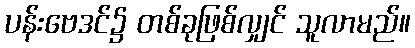
ပန်းဗေဒင်၌ တစ်ခုဖြစ်လျှင် သူလာမည်။